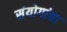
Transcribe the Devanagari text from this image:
संयोगांचा